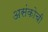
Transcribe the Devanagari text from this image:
असंकोची